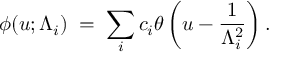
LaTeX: \phi ( u ; \Lambda _ { i } ) \; = \; \sum _ { i } c _ { i } \theta \left( u - \frac { 1 } { \Lambda _ { i } ^ { 2 } } \right) .